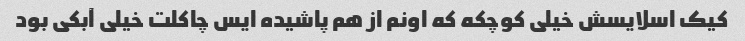
کیک اسلایسش خیلی کوچکه که اونم از هم پاشیده ایس چاکلت خیلی آبکی بود